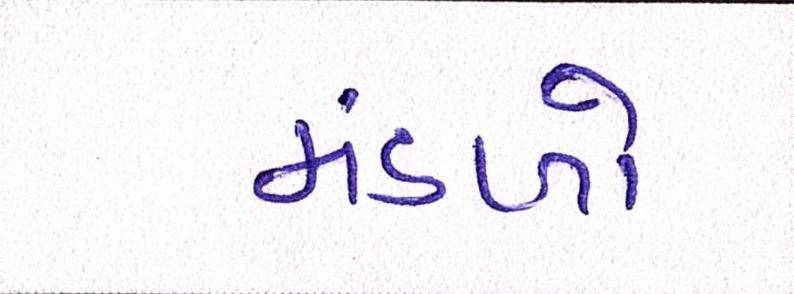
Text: મંડળો